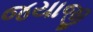
જયાજી